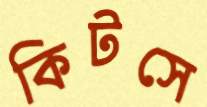
কিটসে